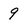
Character: 9